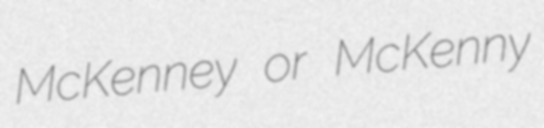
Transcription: McKenney or McKenny